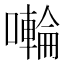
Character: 𭋳